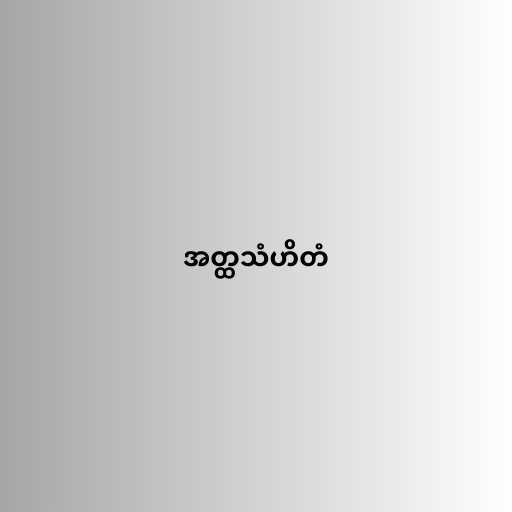
အတ္ထသံဟိတံ